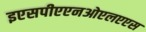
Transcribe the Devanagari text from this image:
इएसपीएएनओएलएएस